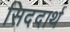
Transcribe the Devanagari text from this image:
सिददार्थ